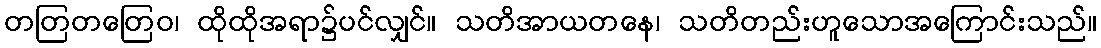
တတြတတြေဝ၊ ထိုထိုအရာ၌ပင်လျှင်။ သတိအာယတနေ၊ သတိတည်းဟူသောအကြောင်းသည်။